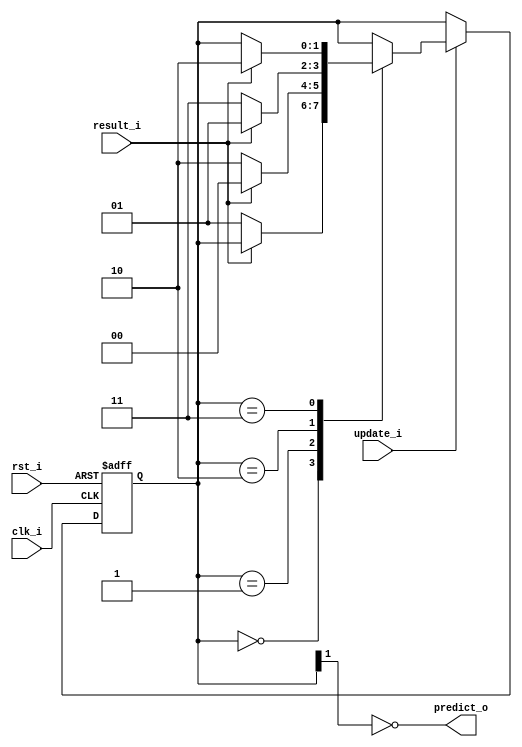
module Branch_Predictor
       (
         clk_i,
         rst_i,

         update_i,
         result_i,
         predict_o
       );
input clk_i, rst_i, update_i, result_i;
output predict_o;

// TODO

reg [1:0] state;  // 0: strongly taken -> 3: strongly non-taken

always @(posedge clk_i or negedge rst_i)
  begin
    if (~rst_i)
      state <= 0;
    else if (update_i)
      case (state)
        0:
          if(result_i)  // taken
            ;
          else          // non-taken
            state <= 1;
        1:
          if(result_i)  // taken
            state <= 0;
          else          // non-taken
            state <= 2;
        2:
          if(result_i)  // taken
            state <= 1;
          else          // non-taken
            state <= 3;
        3:
          if(result_i)  // taken
            state <= 2;
          else          // non-taken
            ;
      endcase
  end

assign predict_o = ~state[1];

endmodule